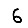
Digit: 6